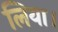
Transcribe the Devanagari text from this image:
लिया।